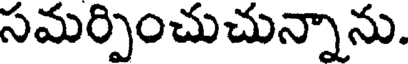
సమర్పించుచున్నాను.